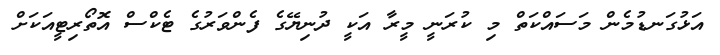
އަޅުގަނޑުމެން މަސައްކަތް މި ކުރަނީ މީރާ އަކީ ދުނިޔޭގެ ފެންވަރުގެ ޓެކްސް އޮތޯރިޓީއަކަށް